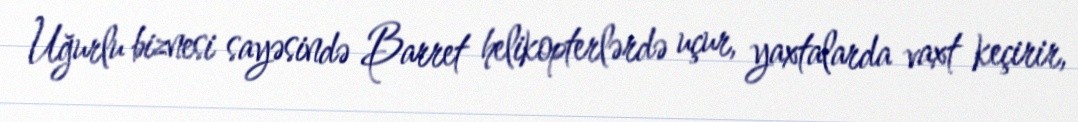
Uğurlu biznesi sayəsində Barret helikopterlərdə uçur, yaxtalarda vaxt keçirir,